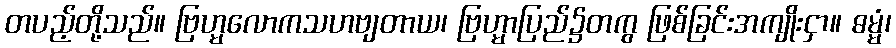
တပည့်တို့သည်။ ဗြဟ္မလောကသဟဗျတာယ၊ ဗြဟ္မာပြည်၌တကွ ဖြစ်ခြင်းအကျိုးငှာ။ ဓမ္မံ၊